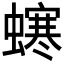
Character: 𧑚